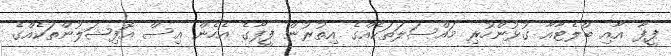
ފީފާ އާއި ބްލެޓާއާ ގުޅުންހުރި މައްސަލަތަކެއްގެ އިތުރުން ފީފާގެ އެހެން އިސް އޮފިޝަލުންތަކެއްގެ